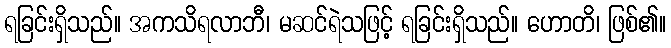
ရခြင်းရှိသည်။ အကသိရလာဘီ၊ မဆင်ရဲသဖြင့် ရခြင်းရှိသည်။ ဟောတိ၊ ဖြစ်၏။